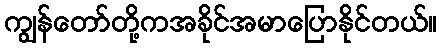
ကျွန်တော်တို့ကအခိုင်အမာပြောနိုင်တယ်။